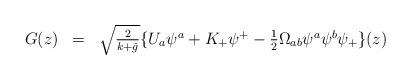
LaTeX: \begin{align*}\begin{array}{lll}G(z) & = & \sqrt{\frac{2}{k+ \check{g}}} \{ U_{a} \psi^{a} + K_{+} \psi^{+} -\frac{1}{2} \Omega_{ab} \psi^{a} \psi^{b} \psi_{+} \}(z) \\\end{array}\end{align*}